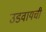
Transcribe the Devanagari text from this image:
उडवायची